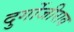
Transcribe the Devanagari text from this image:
दुर्गोजीराव